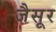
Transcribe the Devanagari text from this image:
जैसूर